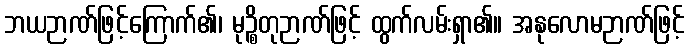
ဘယဉာဏ်ဖြင့်ကြောက်၏၊ မုဉ္စိတုဉာဏ်ဖြင့် ထွက်လမ်းရှာ၏။ အနုလောမဉာဏ်ဖြင့်